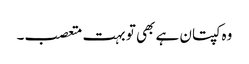
وہ کپتان ہے بھی تو بہت متعصب۔